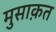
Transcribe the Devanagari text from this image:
मुसाक़त